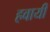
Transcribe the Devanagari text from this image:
हवायी